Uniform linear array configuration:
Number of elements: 8
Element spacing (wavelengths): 0.5
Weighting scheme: blackman
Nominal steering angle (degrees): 60
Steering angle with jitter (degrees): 61.652
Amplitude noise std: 0.05
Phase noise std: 0.05

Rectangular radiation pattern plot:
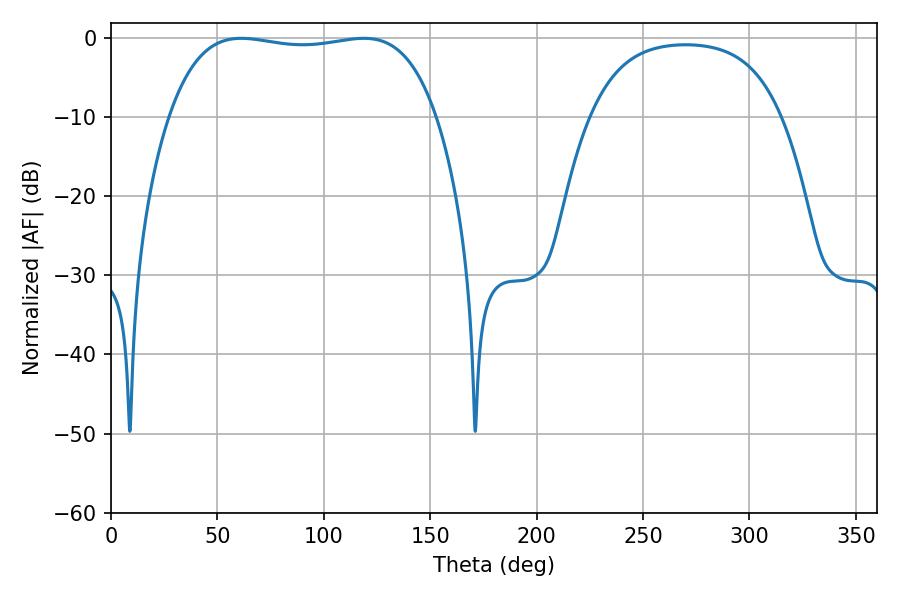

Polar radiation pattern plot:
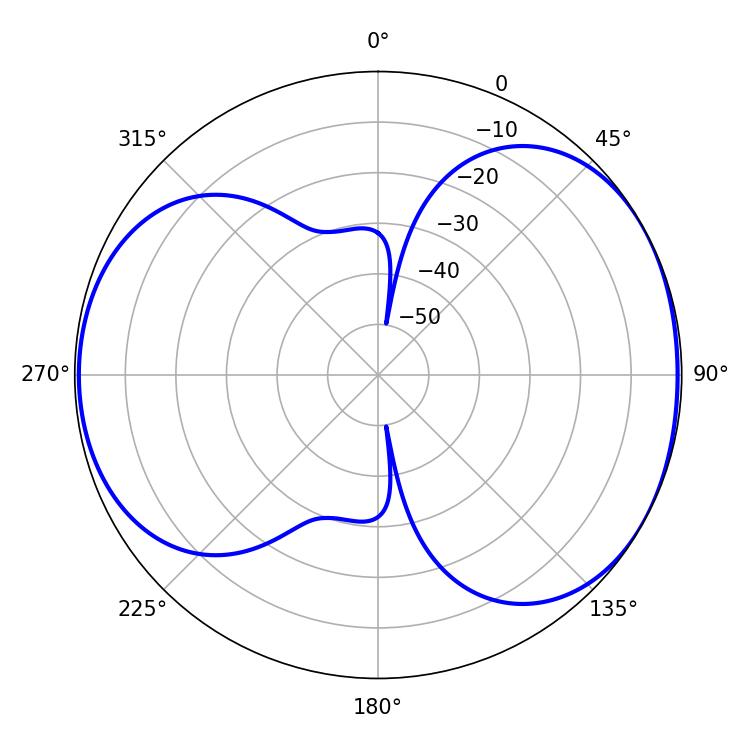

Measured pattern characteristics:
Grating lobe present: FALSE
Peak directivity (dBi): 5.176
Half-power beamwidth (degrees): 100.44
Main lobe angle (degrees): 61.2